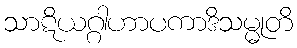
သာဋိယဂ္ဂါဟာပကာဒိသမ္မုတိ